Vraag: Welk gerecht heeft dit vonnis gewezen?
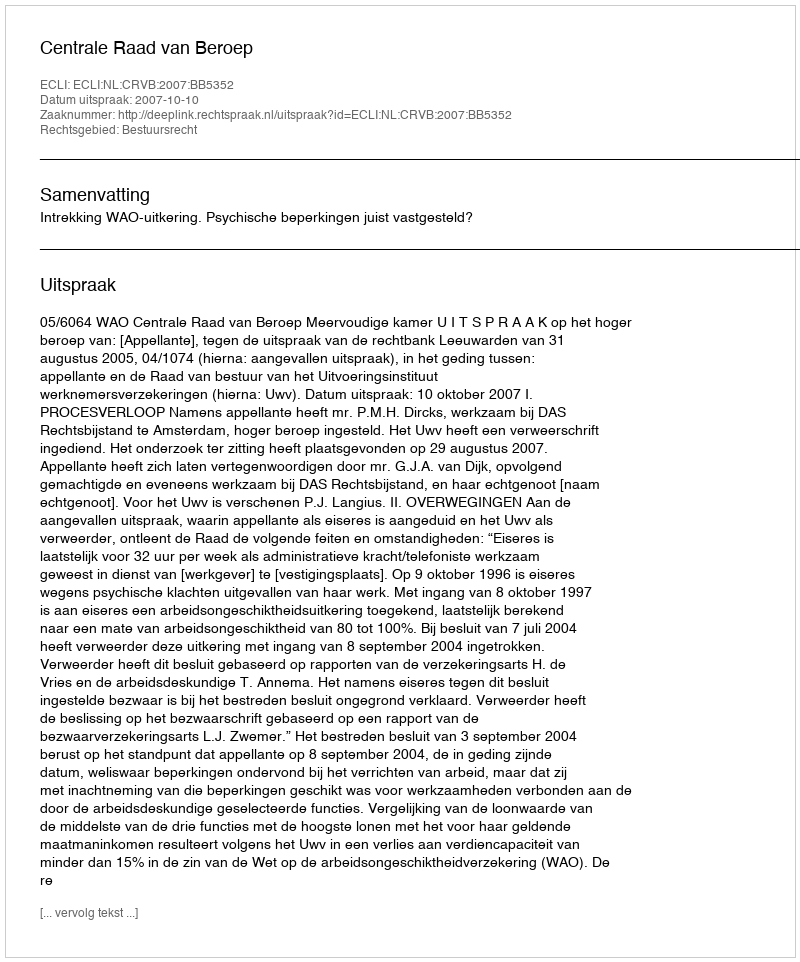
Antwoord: Centrale Raad van Beroep